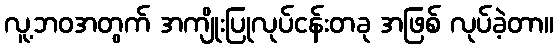
လူ့ဘဝအတွက် အကျိုးပြုလုပ်ငန်းတခု အဖြစ် လုပ်ခဲ့တာ။